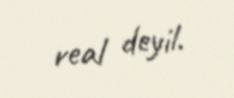
real deyil.